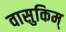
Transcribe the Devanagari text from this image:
वासुकिम्